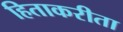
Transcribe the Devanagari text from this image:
हिताकरीता